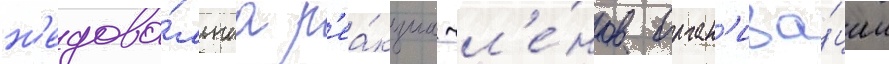
н'едово́льнаа р'еа́кциа чл'е́нов орган'иза́ции